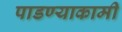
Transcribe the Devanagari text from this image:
पाडण्याकामी